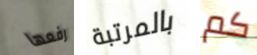
رفعها بالمرتبة كم